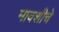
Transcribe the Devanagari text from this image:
मावशीचे